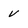
Character: v